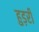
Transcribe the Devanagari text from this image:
हुड़री